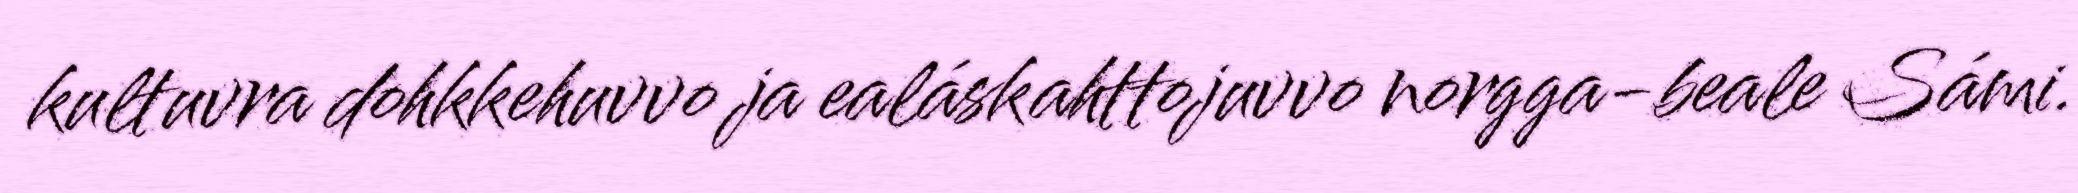
kultuvra dohkkehuvvo ja ealáskahttojuvvo norgga-beale Sámi.